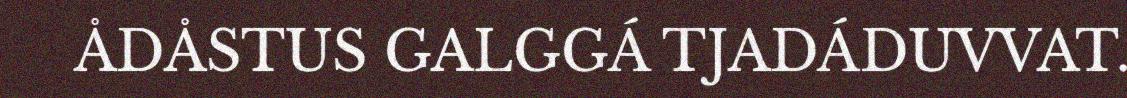
ÅDÅSTUS GALGGÁ TJADÁDUVVAT.